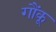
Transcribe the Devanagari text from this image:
गौंकू